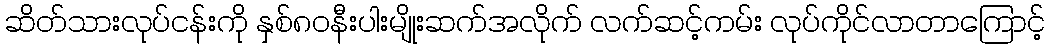
ဆိတ်သားလုပ်ငန်းကို နှစ်၈၀နီးပါးမျိုးဆက်အလိုက် လက်ဆင့်ကမ်း လုပ်ကိုင်လာတာကြောင့်